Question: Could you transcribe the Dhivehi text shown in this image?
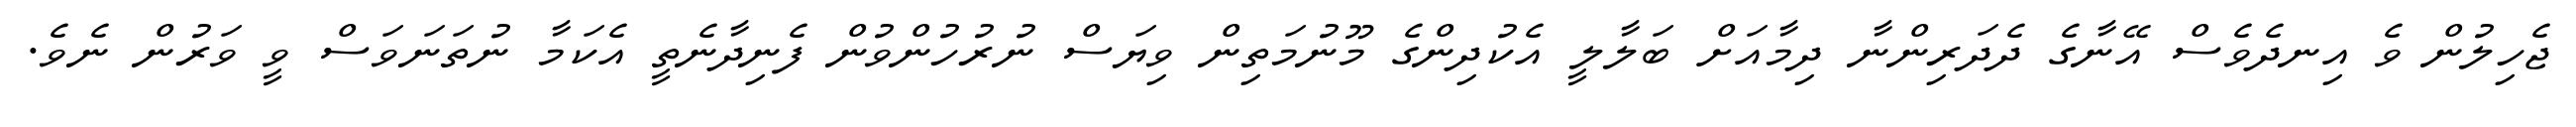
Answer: ޖެހިލުން ވެ އިނދެވެސް އޭނާގެ ދެދަރިންނާ ދިމާއަށް ބަލާލީ އެކުދިންގެ މޫނުމަތިން ވިޔަސް ނުރުހުންވުން ފެނިދާނެތީ އެކަމާ ނުތަނަވަސް ވީ ވަރުން ނެވެ.